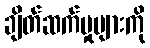
ချိတ်ဆက်မှုများကို